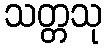
သတ္တသု